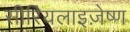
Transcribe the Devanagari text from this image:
सीरियलाइज़ेष्ण